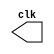
// -------------------------
// Exemplo0042  CLOCK
// Nome: Pedro Henrique A. M. carvalho
// -------------------------

// ---------------------------
// -- test clock generator (2)
// ---------------------------

	module clock ( clk );
	output clk;
	reg	clk;
	
	initial
		begin
			
		end
	
	always
		begin
			#12 clk = ~clk;
		end
	endmodule


	module pulse ( signal, clock );
	input  clock;
	output signal;
	reg	signal;
	
	always @ ( clock )
		begin
			signal = 1'b1;
			#3  signal = 1'b0;
			#3  signal = 1'b1;
			#3  signal = 1'b0;
		end
	endmodule // pulse
	

	module trigger ( signal, on, clock );
	input  on, clock;
	output signal;
	reg	signal;

	always @ ( posedge clock & on )
		begin
			#60 signal = 1'b1;
			#60 signal = 1'b0;
		end
	
	endmodule // trigger


	module Exemplo0042;
	
		wire   clock;
		clock clk ( clock );
		
		reg   p;
		
		wire  p1,t1;
		
		pulse   pulse1   ( p1, clock );
		trigger trigger1 ( t1, p, clock );

	initial begin
		p = 1'b0;
	end

	initial begin 
		$dumpfile ( "Exemplo0042.vcd" );
		$dumpvars ( 1, clock, p1, p, t1 );
		
		#060 p = 1'b1;
		#120 p = 1'b0;
		#180 p = 1'b1;
		#240 p = 1'b0;
		#300 p = 1'b1;
		#360 p = 1'b0;
		#376 $finish;
	end

endmodule // Exemplo0042